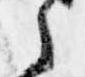
之